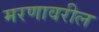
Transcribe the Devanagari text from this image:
मरणावरील